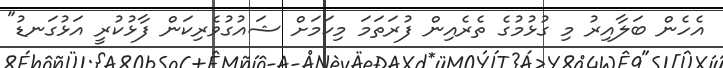
އެހެން ބަލާއިރު މި ގުޅުމުގެ ތެރެއިން ފުރަތަމަ މިކަމަށް ޝައުގުވެރިކަން ފާޅުކުރީ އަޅުގަނޑު"